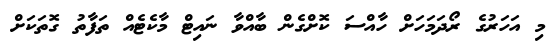
މި އަހަރުގެ ރޯދަމަހަށް ހާއްސަ ކޮށްގެން ބާއްވާ ނައިޓް މާކެޓެއް ތަފާތު ގޮތަކަށް